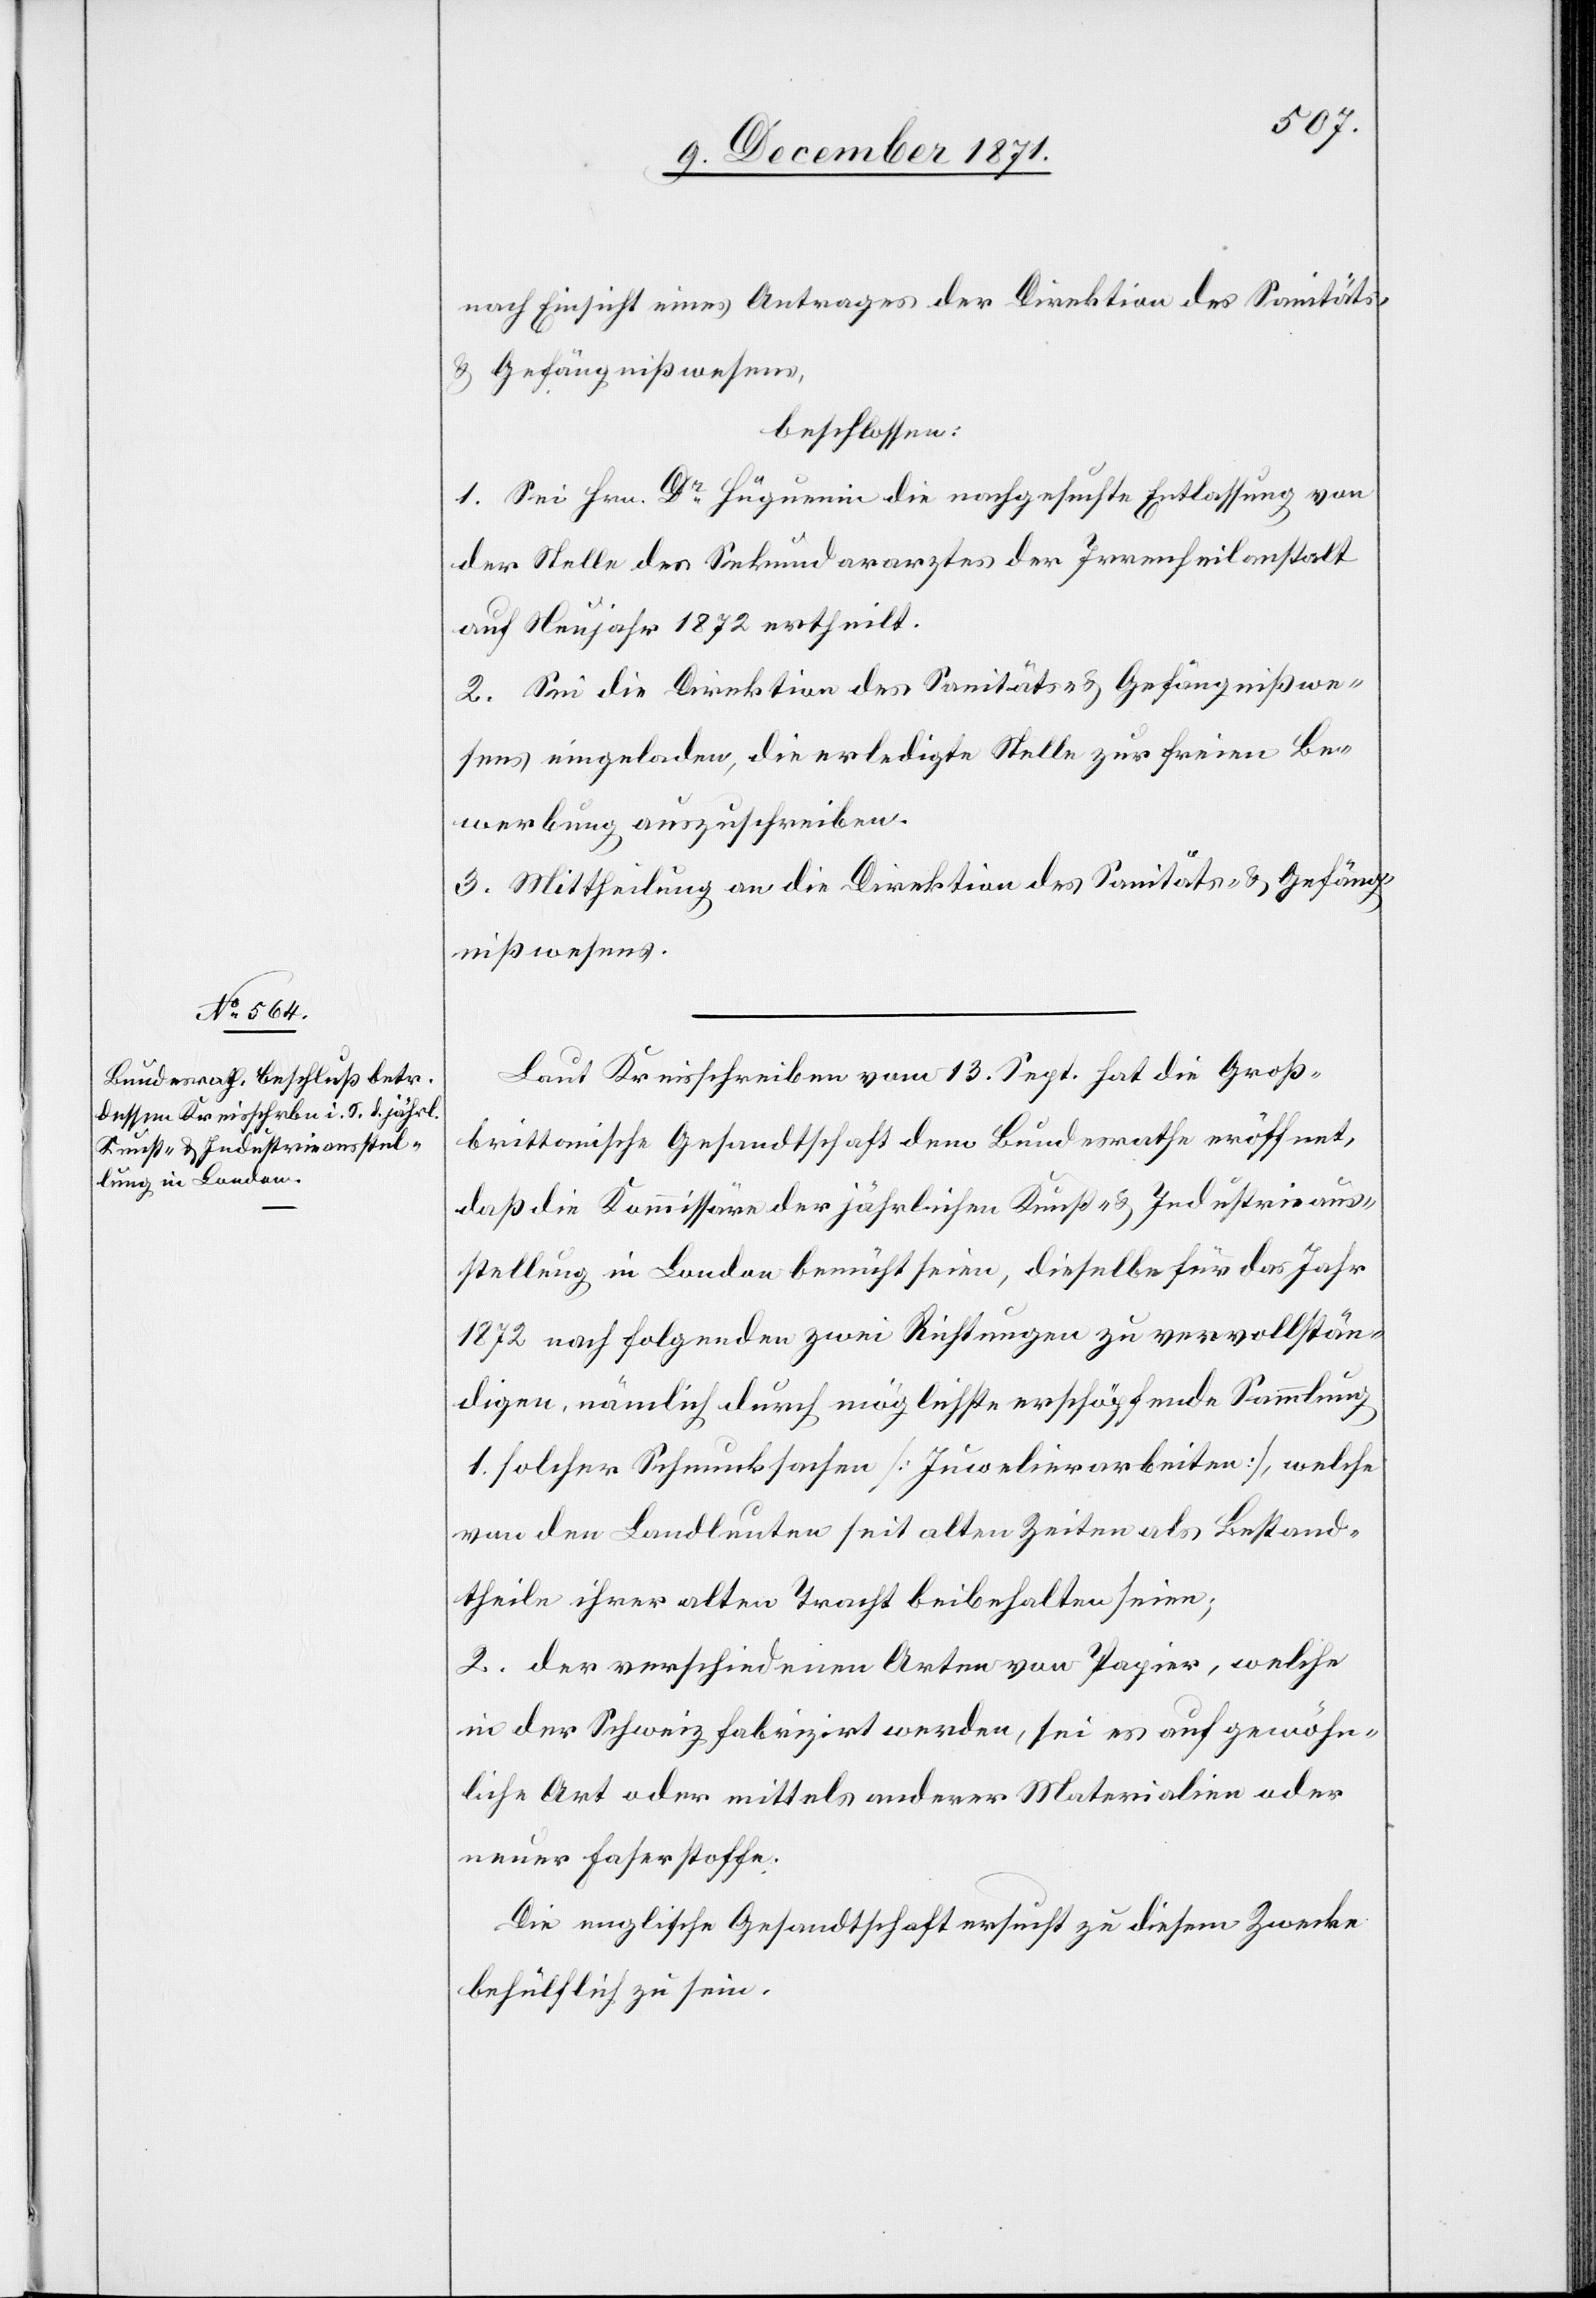
nach Einsicht eines Antrages der Direktion des Sanitäts-
& Gefängnißwesens,
beschlossen:
1. Sei Hrn. Dr. Hüguenin die nachgesuchte Entlassung von
der Stelle des Sekundararztes der Irrenheilanstalt
auf Neujahr 1872 ertheilt.
2. Sei die Direktion des Sanitäts- & Gefängnißwe¬
sens eingeladen, die erledigte Stelle zur freien Be¬
werbung auszuschreiben.
3. Mittheilung an die Direktion des Sanitäts- & Gefäng¬
nißwesens.
Laut Kreisschreiben vom 13. Sept. hat die Groß¬
brittanische Gesandtschaft dem Bundesrathe eröffnet,
daß die Kommissäre der jährlichen Kunst- & Industrieaus¬
stellung in London bemüht seien, dieselbe für das Jahr
1872 nach folgenden zwei Richtungen zu vervollstän¬
digen, nämlich durch möglichste erschöpfende Sammlung
1. solcher Schmucksachen [Juwelierarbeiten], welche
von den Landleuten seit alten Zeiten als Bestand¬
theile ihrer alten Tracht beibehalten seien;
2. der verschiedenen Arten von Papier, welche
in der Schweiz fabrizirt werden, sei es auf gewöhn¬
liche Art oder mittels anderer Materialien oder
neuer Faserstoffe.
Die englische Gesandtschaft ersucht zu diesem Zwecke
behülflich zu sein.